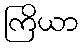
ကြိယာ